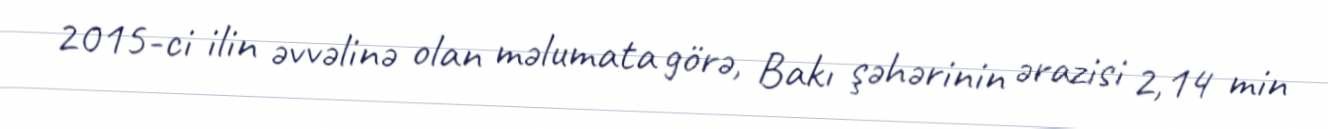
2015-ci ilin əvvəlinə olan məlumata görə, Bakı şəhərinin ərazisi 2,14 min